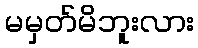
မမှတ်မိဘူးလား